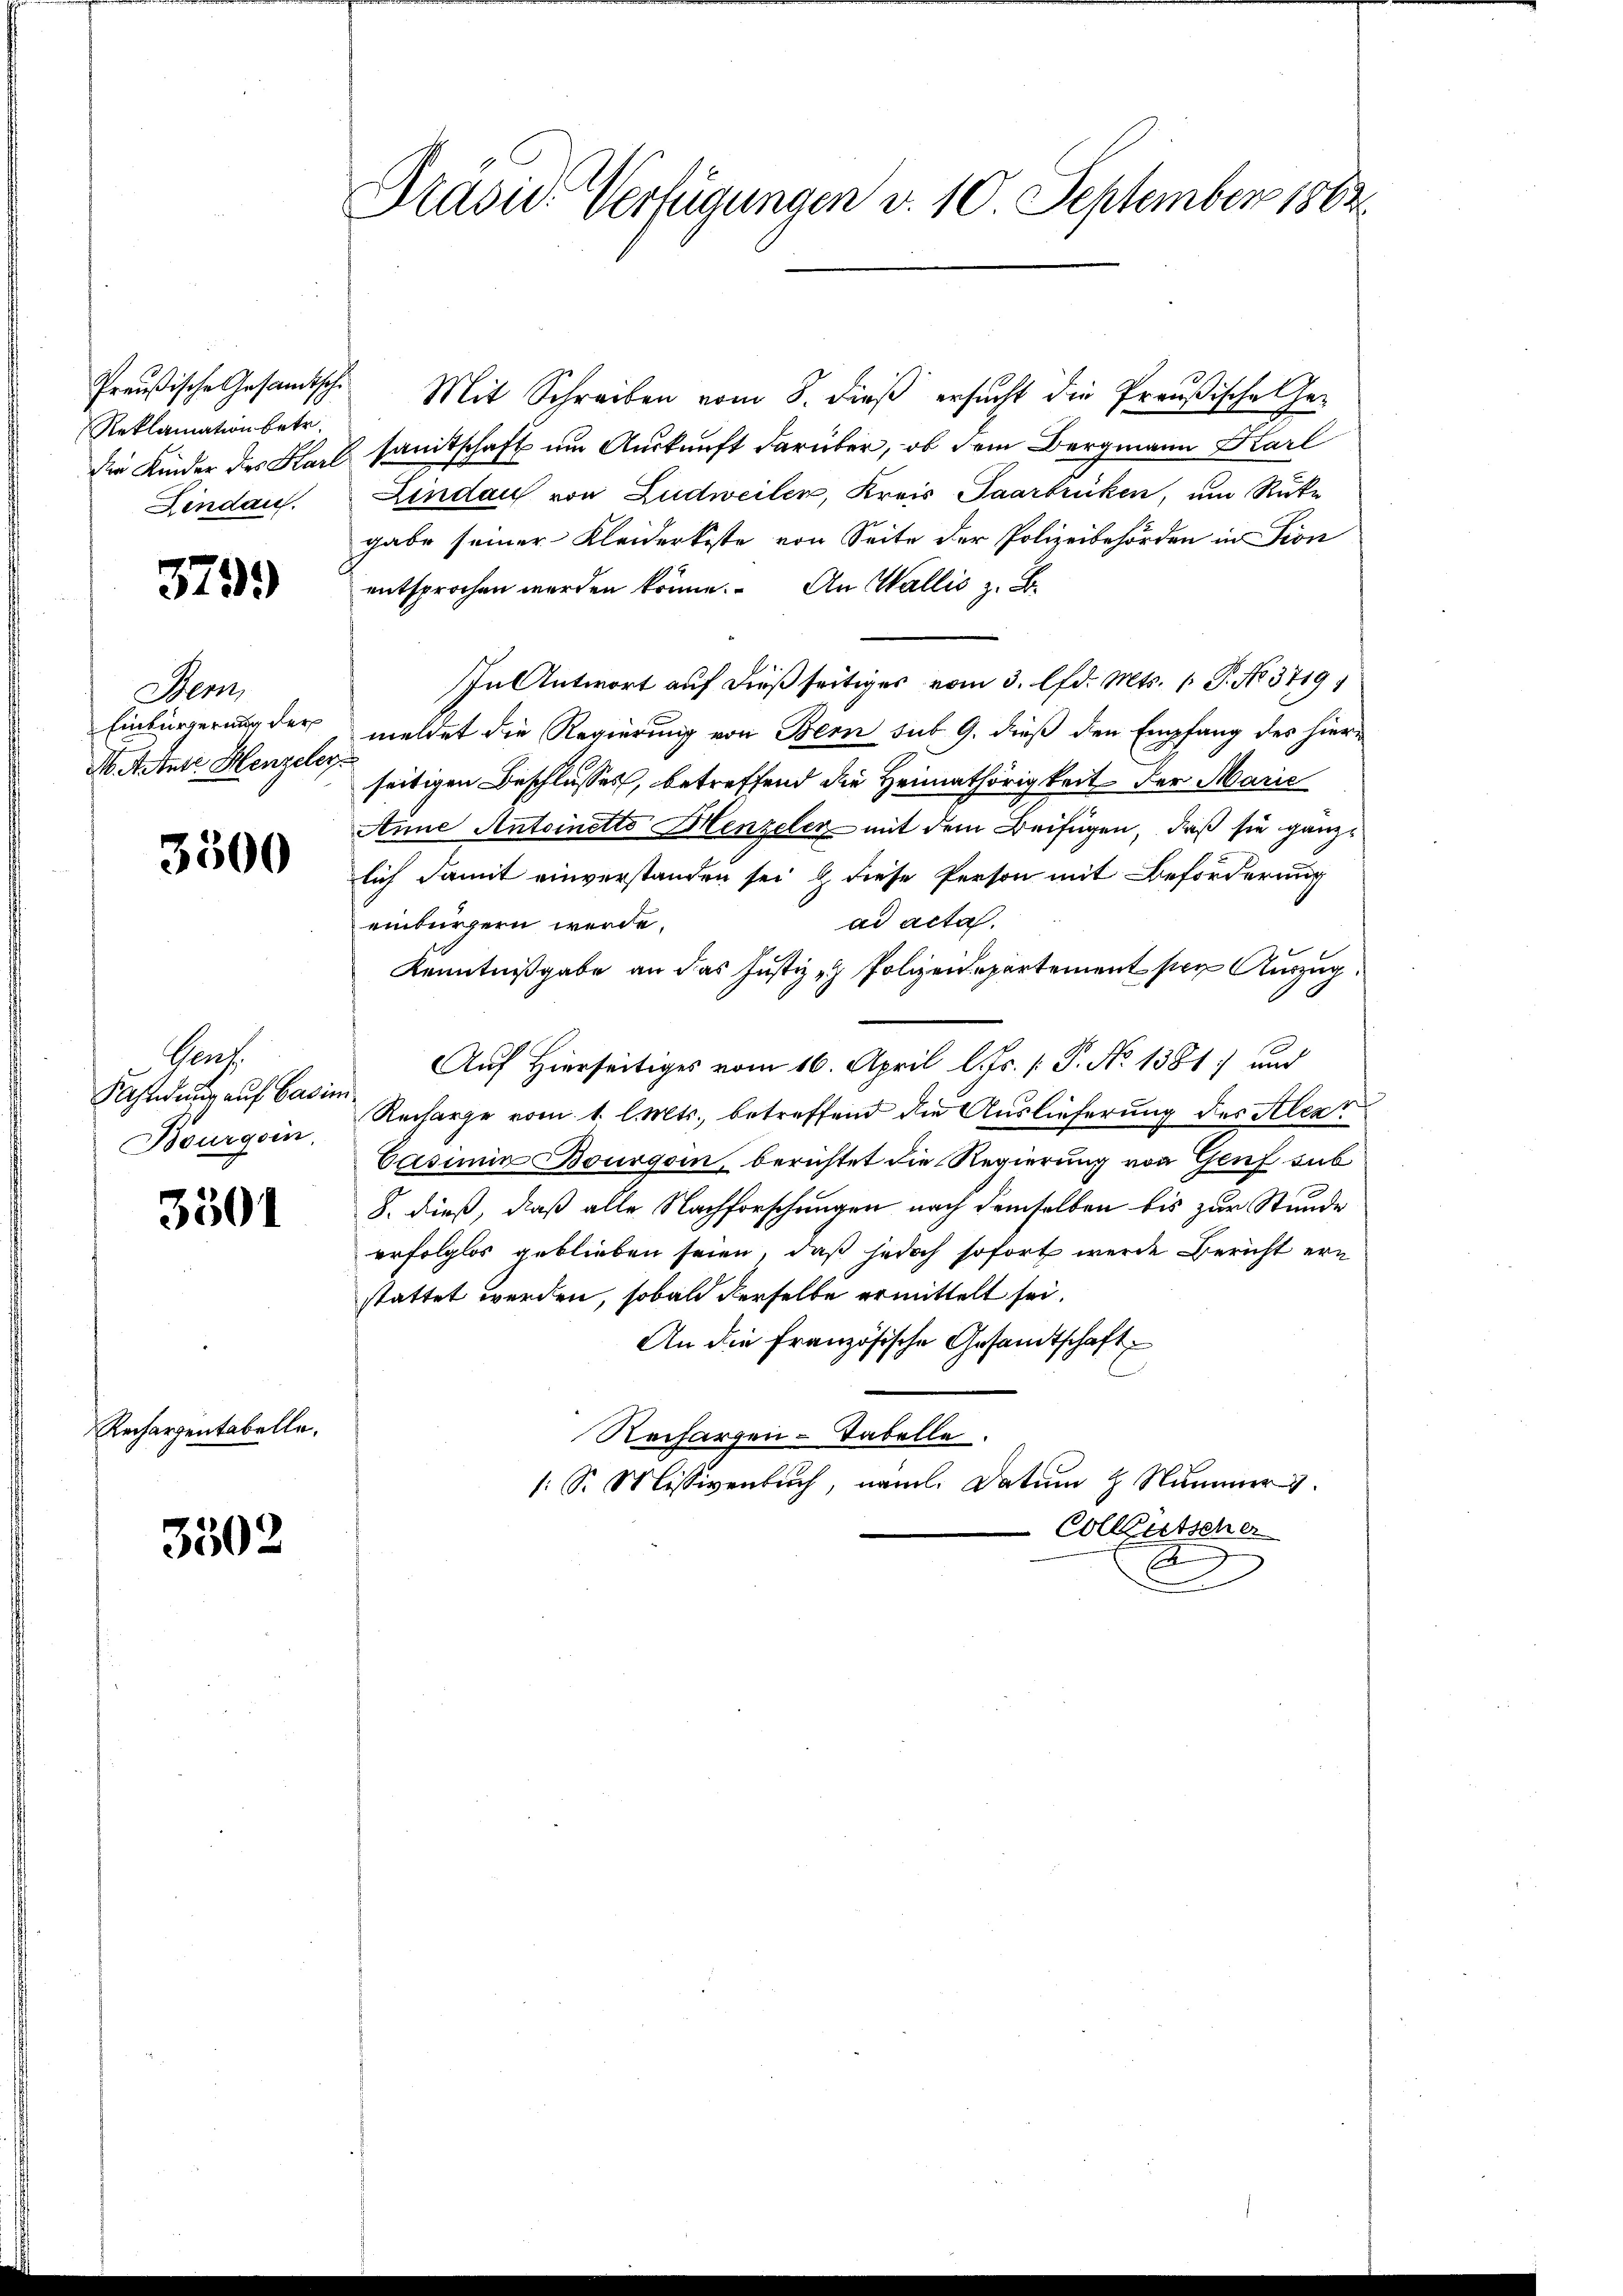
Reklamation betr.
Lindau.

3799

Dem
M. Astete Henzeler

3500

Prach
Fahndung auf Casimi
Bourgsin.

3501

Anhergentstelle,

3502

Preußische Gesandtsch. Mit Schreiben vom 8. dieß ersucht die Preußische Ge¬
Die Kinder des Karl sanitschaft um Auskunft darüber, ob dem Bergmann Karl
Lindau von Ludweilen, Kreis Saarbrücken, um Rüke
gabe seiner Kleiderkoste von Seite der Polizeibehörden in Fon
entsprochen werden könne. An Wallis z. B.
In Antwort auf dießseitiges vom 3. lfd. Mts. 1. P. No. 3719
Einbürgerung der meldet die Regierung von Bern sub 9. dieß den Empfang des hiere
seitigen Beschlusses, betreffend die Heimathörigkeit der Marie
Anne Antoinetto Henzeler mit dem Beifügen, daß sie gänzlich damit einverstanden sei & diese Person mit Beförderung
ad acta.
einbürgern werde.
Kenntnißgabe an das Justiz- & Polizeidepartement per Auszug
Auf Hierseitiges vom 16. April l. Js. [ P. No 1381) und
Recharge vom 1. l. Mts., betreffend die Auslieferung des Alext
Casimin Bourgoin, berichtet die Regierung von Genf sub
8. dieß, daß alle Nachforschungen nach demselben bis zur Stunde
erfolglos geblieben seien, daß jedoch sofort wurde Bericht ern
stattet werden, sobald derselbe ermittelt sei.
An die Französische Gesandtschaft
Rechargen-Tabelle.
: Sr. Missivenbuch, näml. Datum 2 Nummer.
Colleutscher
D

Präsid. Verfügungen v. 10. September 1882